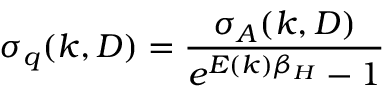
\sigma _ { q } ( k , D ) = \frac { \sigma _ { A } ( k , D ) } { e ^ { E ( k ) \beta _ { H } } - 1 }